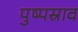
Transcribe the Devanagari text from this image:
पुष्पस्राव